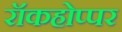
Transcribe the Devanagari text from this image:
रॉकहोप्पर